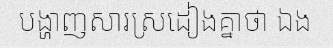
បង្ហាញសារស្រដៀងគ្នាថា ឯង